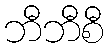
ဘီဘီစီ